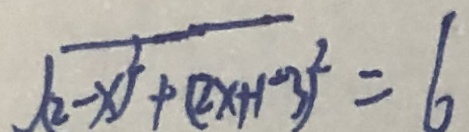
\sqrt { ( 2 - x ) ^ { 2 } + ( 2 x + 1 - 3 ) ^ { 2 } } = 6